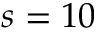
s = 1 0